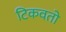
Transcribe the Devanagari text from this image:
टिकवतो